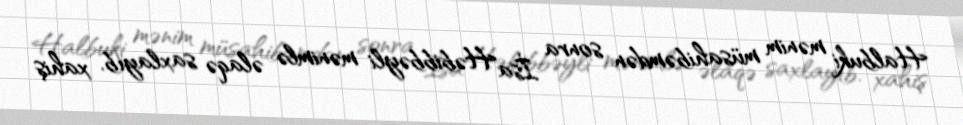
Halbuki mənim müsahibəmdən sonra İsa Həbibbəyli mənimlə əlaqə saxlayıb, xahiş